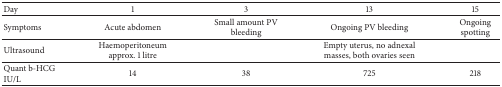
<table><thead><tr><td><b>Day</b></td><td><b>1</b></td><td><b>3</b></td><td><b>13</b></td><td><b>15</b></td></tr></thead><tbody><tr><td>Symptoms</td><td>Acute abdomen</td><td>Small amount PV bleeding</td><td>Ongoing PV bleeding</td><td>Ongoing spotting</td></tr><tr><td>Ultrasound</td><td>Haemoperitoneum approx. 1 litre</td><td> </td><td>Empty uterus, no adnexal masses, both ovaries seen</td><td> </td></tr><tr><td>Quant b-HCG IU/L</td><td>14</td><td>38</td><td>725</td><td>218</td></tr></tbody></table>